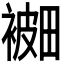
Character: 𰴅